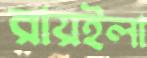
রায়ইলা